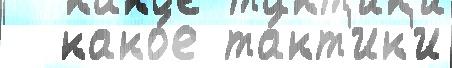
  како́е та́кт'ик'и